Vaccination in Bombay 1856-1862 - 1856-1862
Year: 1856
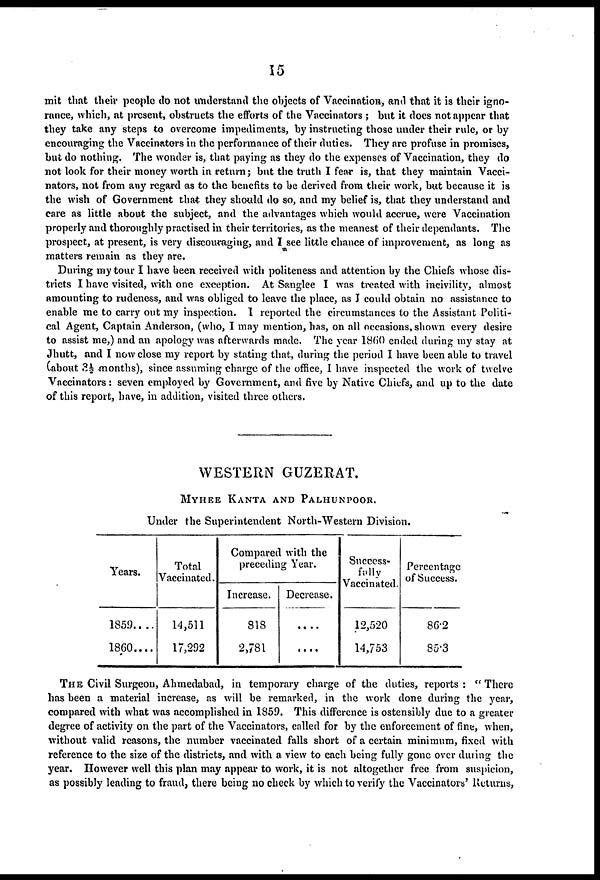
15
mit that their people do not understand the objects of Vaccination, and that it is their igno-
rance, which, at present, obstructs the efforts of the Vaccinators ; but it does not appear that
they take any steps to overcome impediments, by instructing those under their rule, or by
encouraging the Vaccinators in the performance of their duties. They are profuse in promises,
but do nothing. The wonder is, that paying as they do the expenses of Vaccination, they do
not look for their money worth in return; but the truth I fear is, that they maintain Vacci-
nators, not from any regard as to the benefits to be derived from their work, but because it is
the wish of Government that they should do so, and my belief is, that they understand and
care as little about the subject, and the advantages which would accrue, were Vaccination
properly and thoroughly practised in their territories, as the meanest of their dependants. The
prospect, at present, is very discouraging, and I see little chance of improvement, as long as
matters remain as they are.
During my tour I have been received with politeness and attention by the Chiefs whose dis-
tricts I have visited, with one exception. At Sanglee I was treated with incivility, almost
amounting to rudeness, and was obliged to leave the place, as I could obtain no assistance to
enable me to carry out my inspection. I reported the circumstances to the Assistant Politi-
cal Agent, Captain Anderson, (who, I may mention, has, on all occasions, shown every desire
to assist me,) and an apology was afterwards made. The year 1860 ended during my stay at
Jhutt, and I now close my report by stating that, during the period I have been able to travel
(about 3½ months), since assuming charge of the office, I have inspected the work of twelve
Vaccinators : seven employed by Government, and five by Native Chiefs, and up to the date
of this report, have, in addition, visited three others.
WESTERN GUZERAT.
MYHEE KANTA AND PALHUNPOOR.
Under the Superintendent North-Western Division.
Years.
1859 . . . .
1860 . . . .
Total
Vaccinated.
14,511
17,292
Compared with the
preceding Year.
Increase.
818
2,781
Decrease.
....
....
Success-
fully
Vaccinated.
12,520
14,753
Percentage
of Success.
86.2
85.3
THE Civil Surgeon, Ahmedabad, in temporary charge of the duties, reports : " There
has been a material increase, as will be remarked, in the work done during the year,
compared with what was accomplished in 1859. This difference is ostensibly due to a greater
degree of activity on the part of the Vaccinators, called for by the enforcement of fine, when,
without valid reasons, the number vaccinated falls short of a certain minimum, fixed with
reference to the size of the districts, and with a view to each being fully gone over during the
year. However well this plan may appear to work, it is not altogether free from suspicion,
as possibly leading to fraud, there being no check by which to verify the Vaccinators' Returns,